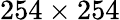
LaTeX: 254\times 254